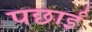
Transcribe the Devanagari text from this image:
पछाईं